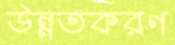
উন্নতকরণ